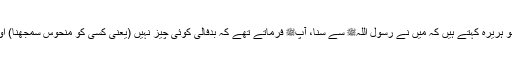
1491: سیدنا ابو ہریرہؓ کہتے ہیں کہ میں نے رسول اللہﷺ سے سنا، آپﷺ فرماتے تھے کہ بدفالی کوئی چیز نہیں (یعنی کسی کو منحوس سمجھنا) اور بہتر فال ہے۔